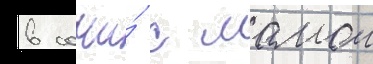
в сочи́ с мамои